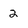
Character: 2